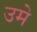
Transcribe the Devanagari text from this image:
उमे